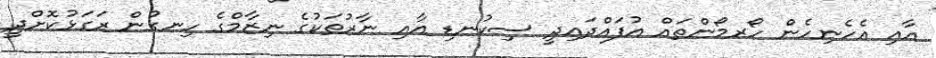
އާއި އެހެނިހެން ހޯރމޯންތައް އުފައްދައިދީ ސިކުނޑި އާއި ނާރުތަކުގެ ނިޒާމްގެ ހިނގުން ރަގަޅުކޮށްދީ